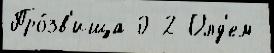
Про́зв'ища 0-2 Олд'ем